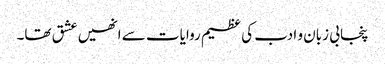
پنجابی زبان و ادب کی عظیم روایات سے انھیں عشق تھا۔